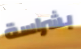
بشراسة